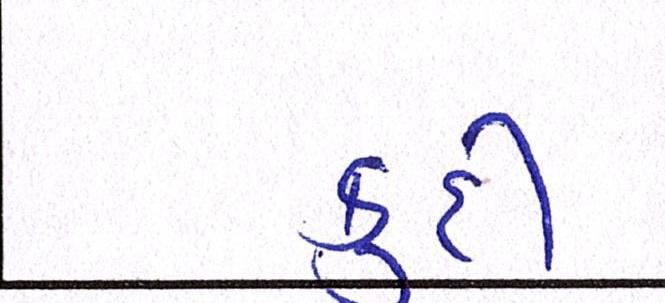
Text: કૂદી